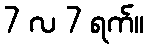
7 လ 7 ရက်။